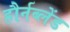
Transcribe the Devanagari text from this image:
हौर्नब्लेंड